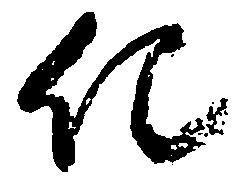
紀